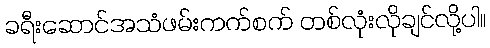
ခရီးဆောင်အသံဖမ်းကက်စက် တစ်လုံးလိုချင်လို့ပါ။